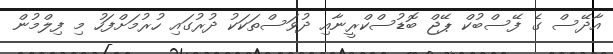
އާދޭސް ގެ ފޭސްބުކް ޕޭޖް ބޮޑުސްކްރީނާއި ދުވަސްތަކަކު ދުރުގައި ހުރުމަށްފަހު މި ފިލްމުން